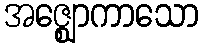
အဇ္ဈောကာသော